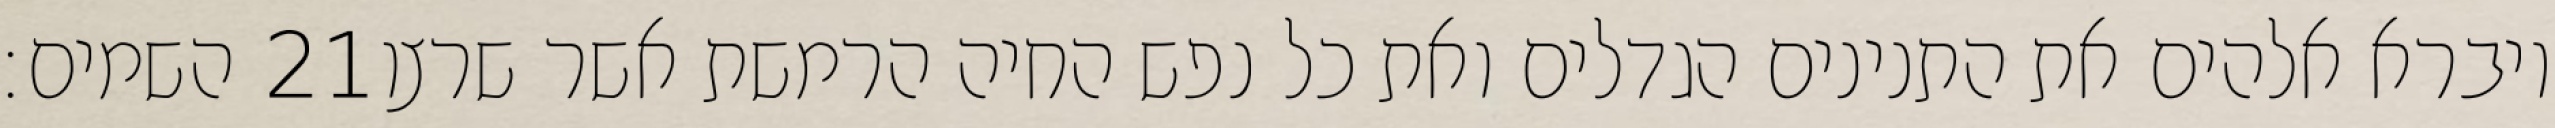
השמים׃ ‎21‏ ויברא אלהים את התנינים הגדלים ואת כל נפש החיה הרמשת אשר שרצו